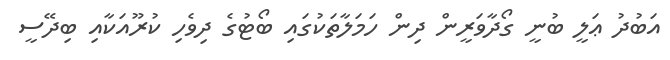
އަބުދު ޢަލީ ބުނީ ގޯދާވަރީން ދިން ހަމަލާތަކުގައި ބޯޓުގެ ދިވެހި ކުރޫއަކާއި ބިދޭސީ